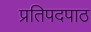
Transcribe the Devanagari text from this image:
प्रतिपदपाठ